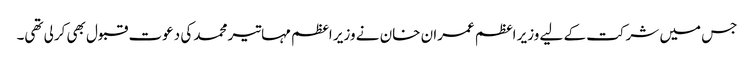
جس میں شرکت کے لیے وزیر اعظم عمران خان نے وزیر اعظم مہاتیر محمد کی دعوت قبول بھی کرلی تھی۔